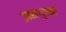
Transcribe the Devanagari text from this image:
ज़रायुस्त्री